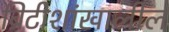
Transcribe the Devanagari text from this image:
ब्रिटीशांखालील